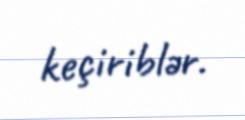
keçiriblər.